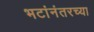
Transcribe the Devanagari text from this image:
भटांनंतरच्या